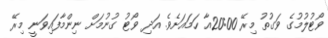
ވޯޓުލުމުގެ ވަގުތު މިރޭ 20:00އާ ހަމައަށެވެ. އަދި ވޯޓު ގުނުމަށް ނިންމާފައިވަނީ މިރޭ